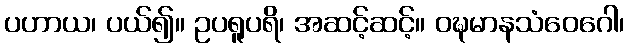
ပဟာယ၊ ပယ်၍။ ဥပရူပရိ၊ အဆင့်ဆင့်။ ဝဍ္ဎမာနသံဝေဂေါ၊